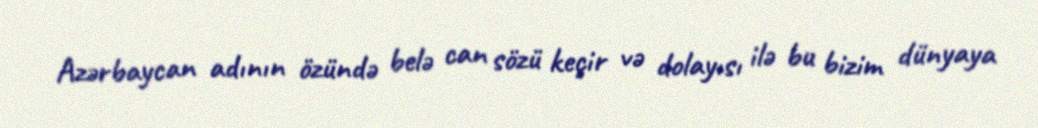
Azərbaycan adının özündə belə can sözü keçir və dolayısı ilə bu bizim dünyaya